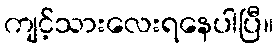
ကျင့်သားလေးရနေပါပြီ။